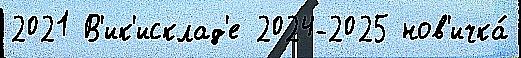
2021 В'ик'исклад'е 2024-2025 нов'ичка́